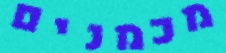
מכמנים